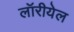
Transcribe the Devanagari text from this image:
लॉरीयेल